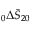
\phantom { } _ { 0 } \Delta \bar { S } _ { 2 0 }